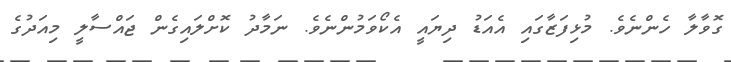
ގޮވާލާ ހެންނެވެ. މުޅިފަޒާގައި އެއަޑު ދިޔައީ އެކޯވަމުންނެވެ. ނަމާދު ކޮށްލައިގެން ޖައްސާލީ މިއަދުގެ